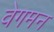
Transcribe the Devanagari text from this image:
वेगमन